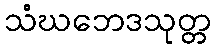
သံဃဘေဒသုတ္တ